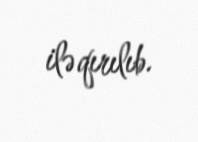
ilə qırılıb.